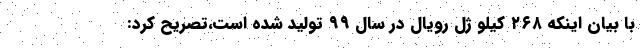
با بیان اینکه ۲۶۸ کیلو ژل رویال در سال ۹۹ تولید شده است،تصریح کرد: